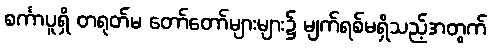
စင်္ကာပူရှိ တရုတ်မ တော်တော်များများ၌ မျက်ရစ်မရှိသည့်အတွက်